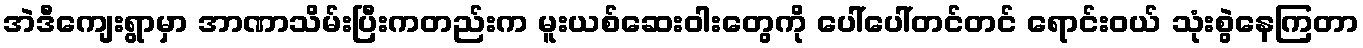
အဲဒီကျေးရွာမှာ အာဏာသိမ်းပြီးကတည်းက မူးယစ်ဆေးဝါးတွေကို ပေါ်ပေါ်တင်တင် ရောင်းဝယ် သုံးစွဲနေကြတာ